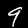
Label: 9